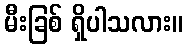
မီးခြစ် ရှိပါသလား။